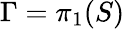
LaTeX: \Gamma=\pi_{1}(S)